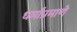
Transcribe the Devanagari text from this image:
धर्मांप्रमाणे